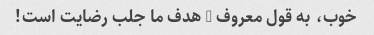
خوب، به قول معروف - هدف ما جلب رضایت است!